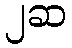
၂ဆ